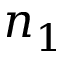
n _ { 1 }